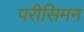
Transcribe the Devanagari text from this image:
परीसिमन